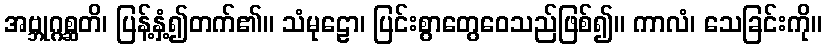
အဗ္ဘုဂ္ဂစ္ဆတိ၊ ပြန့်နှံ့၍တက်၏။ သံမုဠော၊ ပြင်းစွာတွေဝေသည်ဖြစ်၍။ ကာလံ၊ သေခြင်းကို။